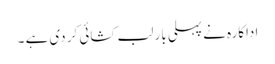
اداکارہ نے پہلی بار لب کشائی کر دی ہے ۔